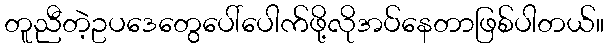
တူညီတဲ့ဥပဒေတွေပေါ်ပေါက်ဖို့လိုအပ်နေတာဖြစ်ပါတယ်။